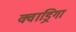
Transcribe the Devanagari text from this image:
क्वाड्रिगा